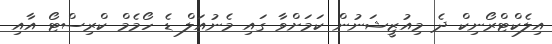
އިލެކްޓްރޯނިކް ދެ މިއުޒީޝަނުން ކަމަށްވާ ގައި މެނުއަލް ޑެ ހޯމެމް ކްރިސްޓޯ އާއި